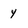
Character: y